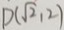
D ( \sqrt { 2 } , 2 )